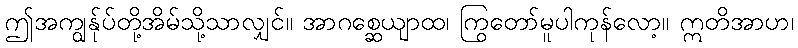
ဤအကျွန်ုပ်တို့အိမ်သို့သာလျှင်။ အာဂစ္ဆေယျာထ၊ ကြွတော်မူပါကုန်လော့။ ဣတိအာဟ၊